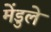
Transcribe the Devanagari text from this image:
मेंडुले